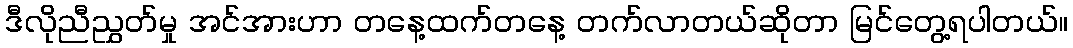
ဒီလိုညီညွှတ်မှု အင်အားဟာ တနေ့ထက်တနေ့ တက်လာတယ်ဆိုတာ မြင်တွေ့ရပါတယ်။